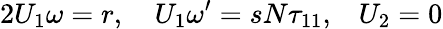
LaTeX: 2{U_{1}\omega}=r,\quad{U_{1}}{\omega^{\prime}}=s{N}{\tau_{11},}\quad{U_{2}}={0}